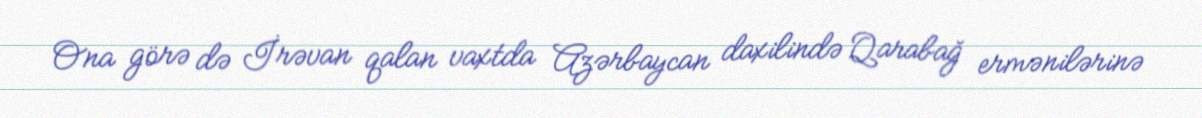
Ona görə də İrəvan qalan vaxtda Azərbaycan daxilində Qarabağ ermənilərinə